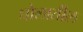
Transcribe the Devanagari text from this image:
घोलातील